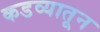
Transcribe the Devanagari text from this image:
कडव्यातून